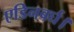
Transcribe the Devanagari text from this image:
एडिनबर्घ।